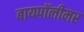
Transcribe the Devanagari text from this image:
बायपॉलीमर